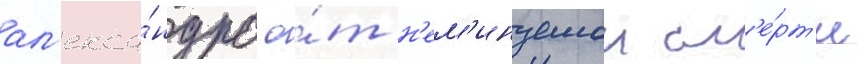
ал'екса́ндра о́т н'ем'инуемои см'е́рт'и